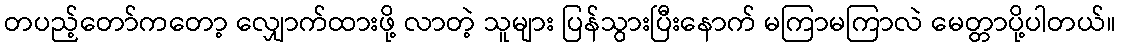
တပည့်တော်ကတော့ လျှောက်ထားဖို့ လာတဲ့ သူများ ပြန်သွားပြီးနောက် မကြာမကြာလဲ မေတ္တာပို့ပါတယ်။